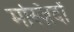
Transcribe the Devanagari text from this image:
मस्ज़िदों